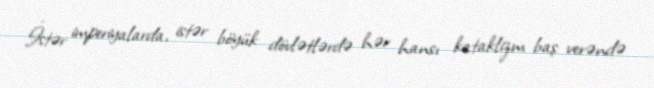
İstər imperiyalarda, istər böyük dövlətlərdə hər hansı kataklizm baş verəndə